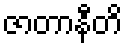
ဇာတာနီတိ